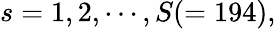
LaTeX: s=1,2,\cdots,S(=194),